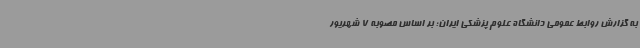
به گزارش روابط عمومی دانشگاه علوم پزشکی ایران؛ بر اساس مصوبه 7 شهریور